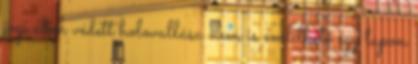
jogi úton védett holovallása nem is említhető egy lapon